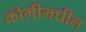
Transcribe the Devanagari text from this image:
कोमीमधील